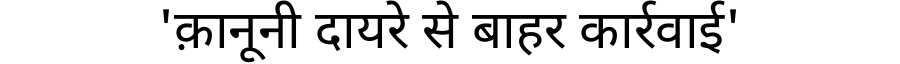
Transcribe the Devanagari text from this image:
'क़ानूनी दायरे से बाहर कार्रवाई'